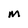
Character: M